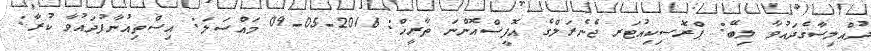
ދުއްލިސާގެދައުވާ ލިބޭ: ޕްރޮސިކިއުޓަރ ޖެނެރަލްގެ އޮފީސްއޮންނަ ތާރީޚް: 2016-05-09 މައްސަލަ: އިސްތިއުނާފުދައުވާ ކުރާ: